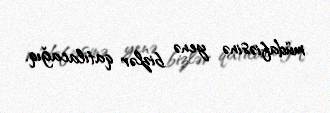
müdafiəsinə yenə bizlər qatılacağıq.